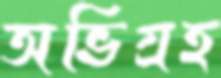
অভিগ্রহ